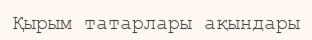
Қырым татарлары ақындары